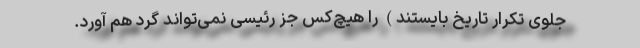
جلوی تکرار تاریخ بایستند) را هیچ‌کس جز رئیسی نمی‌تواند گرد هم آورد.